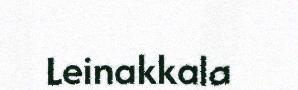
Leinakkala